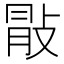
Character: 𢽢